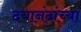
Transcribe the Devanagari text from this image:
दयानंदांच्या